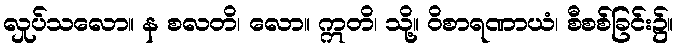
လှုပ်သလော။ န စလတိ၊ လော။ ဣတိ၊ သို့။ ဝိစာရဏာယံ၊ စီစစ်ခြင်း၌။